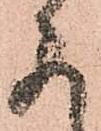
存